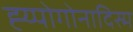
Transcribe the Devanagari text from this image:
ह्य्पोगोनादिस्म